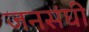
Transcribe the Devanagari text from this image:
जनसंघी